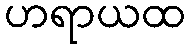
ဟရာယထ